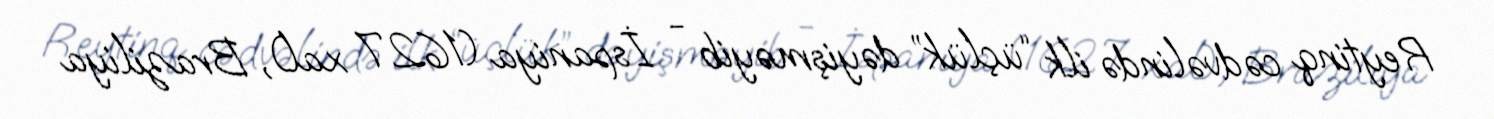
Reytinq cədvəlində ilk “üçlük” dəyişməyib - İspaniya (1627 xal), Braziliya